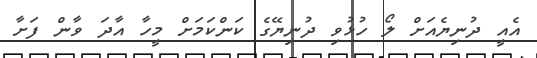
އެއީ ދުނިޔެއަށް ލޯ ހުޅުވި ދުނިޔޭގެ ކަންކަމަށް މީހާ އާދަ ވާން ފަށާ